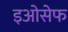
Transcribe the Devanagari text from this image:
इओसेफ